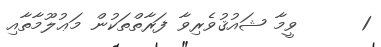
1      ވީމާ ޝައުޤުވެރިވާ ފަރާތްތަކުން މަޢުލޫމާތާއި